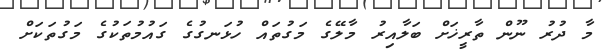
މާ ދުރު ނޫން ތާރީޚަށް ބަލާއިރު މާލޭގެ މަގުތައް ހުޅަނގުގެ ގައުމުތަކުގެ މަގުތަކަށް